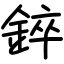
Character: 錊